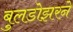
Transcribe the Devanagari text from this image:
बुलडोझरने